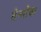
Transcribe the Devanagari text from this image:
तेन्योंचा